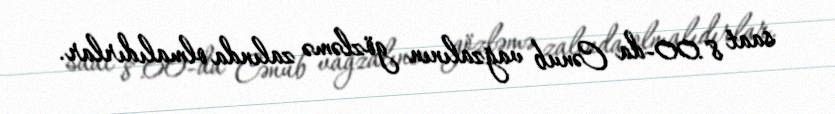
saat 8.00-da Cənub vağzalının gözləmə zalında olmalıdırlar.